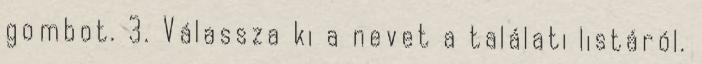
gombot. 3. Válassza ki a nevet a találati listáról.